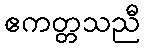
ဧကတ္တသညီ